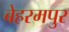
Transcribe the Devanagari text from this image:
बेहरमपुर